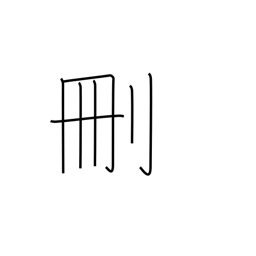
Meaning: cut down